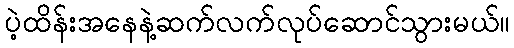
ပဲ့ထိန်းအနေနဲ့ဆက်လက်လုပ်ဆောင်သွားမယ်။